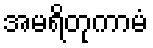
အမရိတုကာမံ